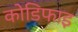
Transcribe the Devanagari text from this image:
कोडिफाइ